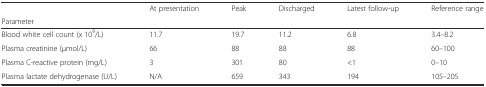
<table><thead><tr><td></td><td><b>At presentation</b></td><td><b>Peak</b></td><td><b>Discharged</b></td><td><b>Latest follow-up</b></td><td><b>Reference range</b></td></tr><tr><td><b>Parameter</b></td><td></td><td></td><td></td><td></td><td></td></tr></thead><tbody><tr><td>Blood white cell count (x 10<sup>9</sup>/L)</td><td>11.7</td><td>19.7</td><td>11.2</td><td>6.8</td><td>3.4–8.2</td></tr><tr><td>Plasma creatinine (μmol/L)</td><td>66</td><td>88</td><td>88</td><td>88</td><td>60–100</td></tr><tr><td>Plasma C-reactive protein (mg/L)</td><td>3</td><td>301</td><td>80</td><td>&lt;1</td><td>0–10</td></tr><tr><td>Plasma lactate dehydrogenase (U/L)</td><td>N/A</td><td>659</td><td>343</td><td>194</td><td>105–205</td></tr></tbody></table>